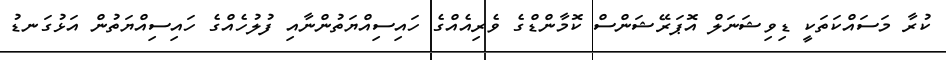
ކުރާ މަސައްކަތަކީ ޑިވިޝަނަލް އޮޕަރޭޝަންސް ކޮމާންޑްގެ ވެރިއެއްގެ ހައިސިއްޔަތުންނާއި ފުލުހެއްގެ ހައިސިއްޔަތުން އަޅުގަނޑު